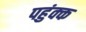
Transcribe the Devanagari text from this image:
पहुंक्क